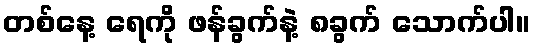
တစ်နေ့ ရေကို ဖန်ခွက်နဲ့ ၈ခွက် သောက်ပါ။